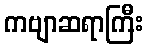
ကဗျာဆရာကြီး